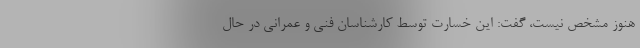
هنوز مشخص نیست، گفت: این خسارت توسط کارشناسان فنی و عمرانی در حال